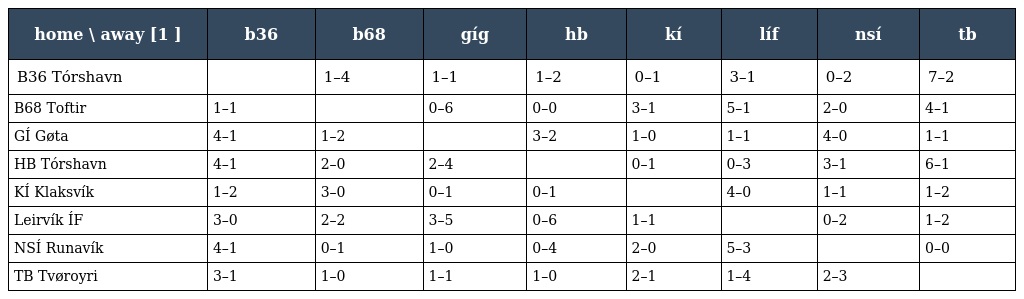
| home \ away [1 ] | b36 | b68 | gíg | hb | kí | líf | nsí | tb |
 | --- | --- | --- | --- | --- | --- | --- | --- | --- |
 | B36 Tórshavn |  | 1–4 | 1–1 | 1–2 | 0–1 | 3–1 | 0–2 | 7–2 |
 | B68 Toftir | 1–1 |  | 0–6 | 0–0 | 3–1 | 5–1 | 2–0 | 4–1 |
 | GÍ Gøta | 4–1 | 1–2 |  | 3–2 | 1–0 | 1–1 | 4–0 | 1–1 |
 | HB Tórshavn | 4–1 | 2–0 | 2–4 |  | 0–1 | 0–3 | 3–1 | 6–1 |
 | KÍ Klaksvík | 1–2 | 3–0 | 0–1 | 0–1 |  | 4–0 | 1–1 | 1–2 |
 | Leirvík ÍF | 3–0 | 2–2 | 3–5 | 0–6 | 1–1 |  | 0–2 | 1–2 |
 | NSÍ Runavík | 4–1 | 0–1 | 1–0 | 0–4 | 2–0 | 5–3 |  | 0–0 |
 | TB Tvøroyri | 3–1 | 1–0 | 1–1 | 1–0 | 2–1 | 1–4 | 2–3 |  |